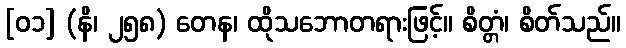
[၀၁] (နိ၊ ၂၅၈) တေန၊ ထိုသဘောတရားဖြင့်။ စိတ္တံ၊ စိတ်သည်။